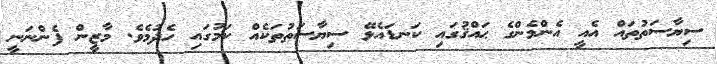
ސިޔާސަތުތައް އެއީ އެންމެންގެ ޙައްޤުގައި ކަނޑައެޅޭ ސިޔާސަތުތަކެއް ކަމުގައި ހެދުމެވެ. މާޒީން ފެންނަނީ